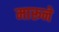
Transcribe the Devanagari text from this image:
मारूने